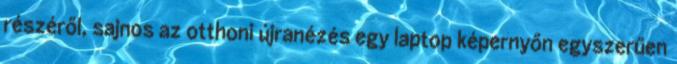
részéről, sajnos az otthoni újranézés egy laptop képernyőn egyszerűen